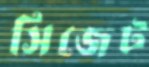
সিজেট